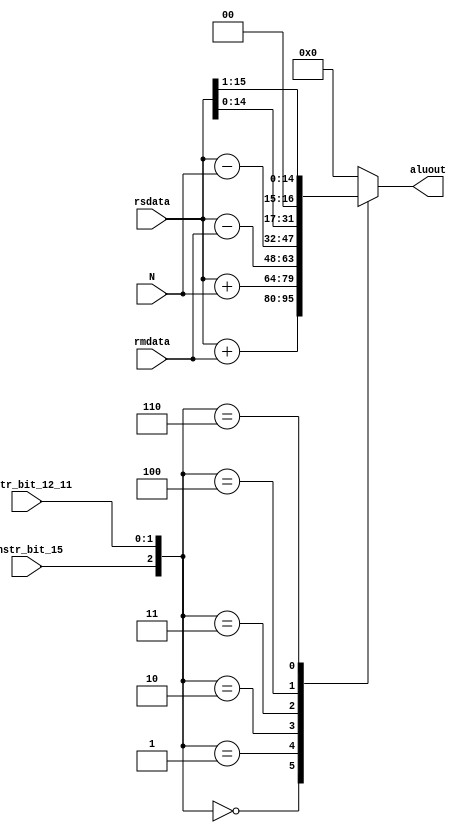
module ALU
(
	input [15:0] rsdata, rmdata, N,
	input instr_bit_15, 
	input [1:0] instr_bit_12_11,
	output [15:0] aluout
);


wire [2:0] opcode = { instr_bit_15 , instr_bit_12_11[1:0] };

reg [15:0] alusum;

assign aluout = alusum;

always @(*)
	begin 
		case (opcode)
			3'b000 : alusum = rsdata + rmdata; // ADD R
			3'b001 : alusum = rsdata + N; // ADD I
			3'b010 : alusum = rsdata - rmdata; // SUB R
			3'b011 : alusum = rsdata - N; // SUB I
			3'b100 : alusum = {rsdata[14:0], 1'b0}; // LSL
			3'b110 : alusum = {1'b0, rsdata[15:1]}; // LSR
					
			default : alusum = 0;
		endcase
	end
	
endmodule